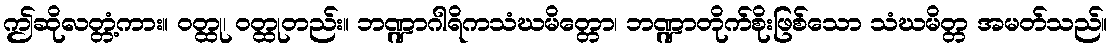
ဤဆိုလတ္တံ့ကား။ ဝတ္ထု၊ ဝတ္ထုတည်း။ ဘဏ္ဍာဂါရိကသံဃမိတ္တော၊ ဘဏ္ဍာတိုက်စိုးဖြစ်သော သံဃမိတ္တ အမတ်သည်။